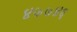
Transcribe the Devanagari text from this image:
४७७४६